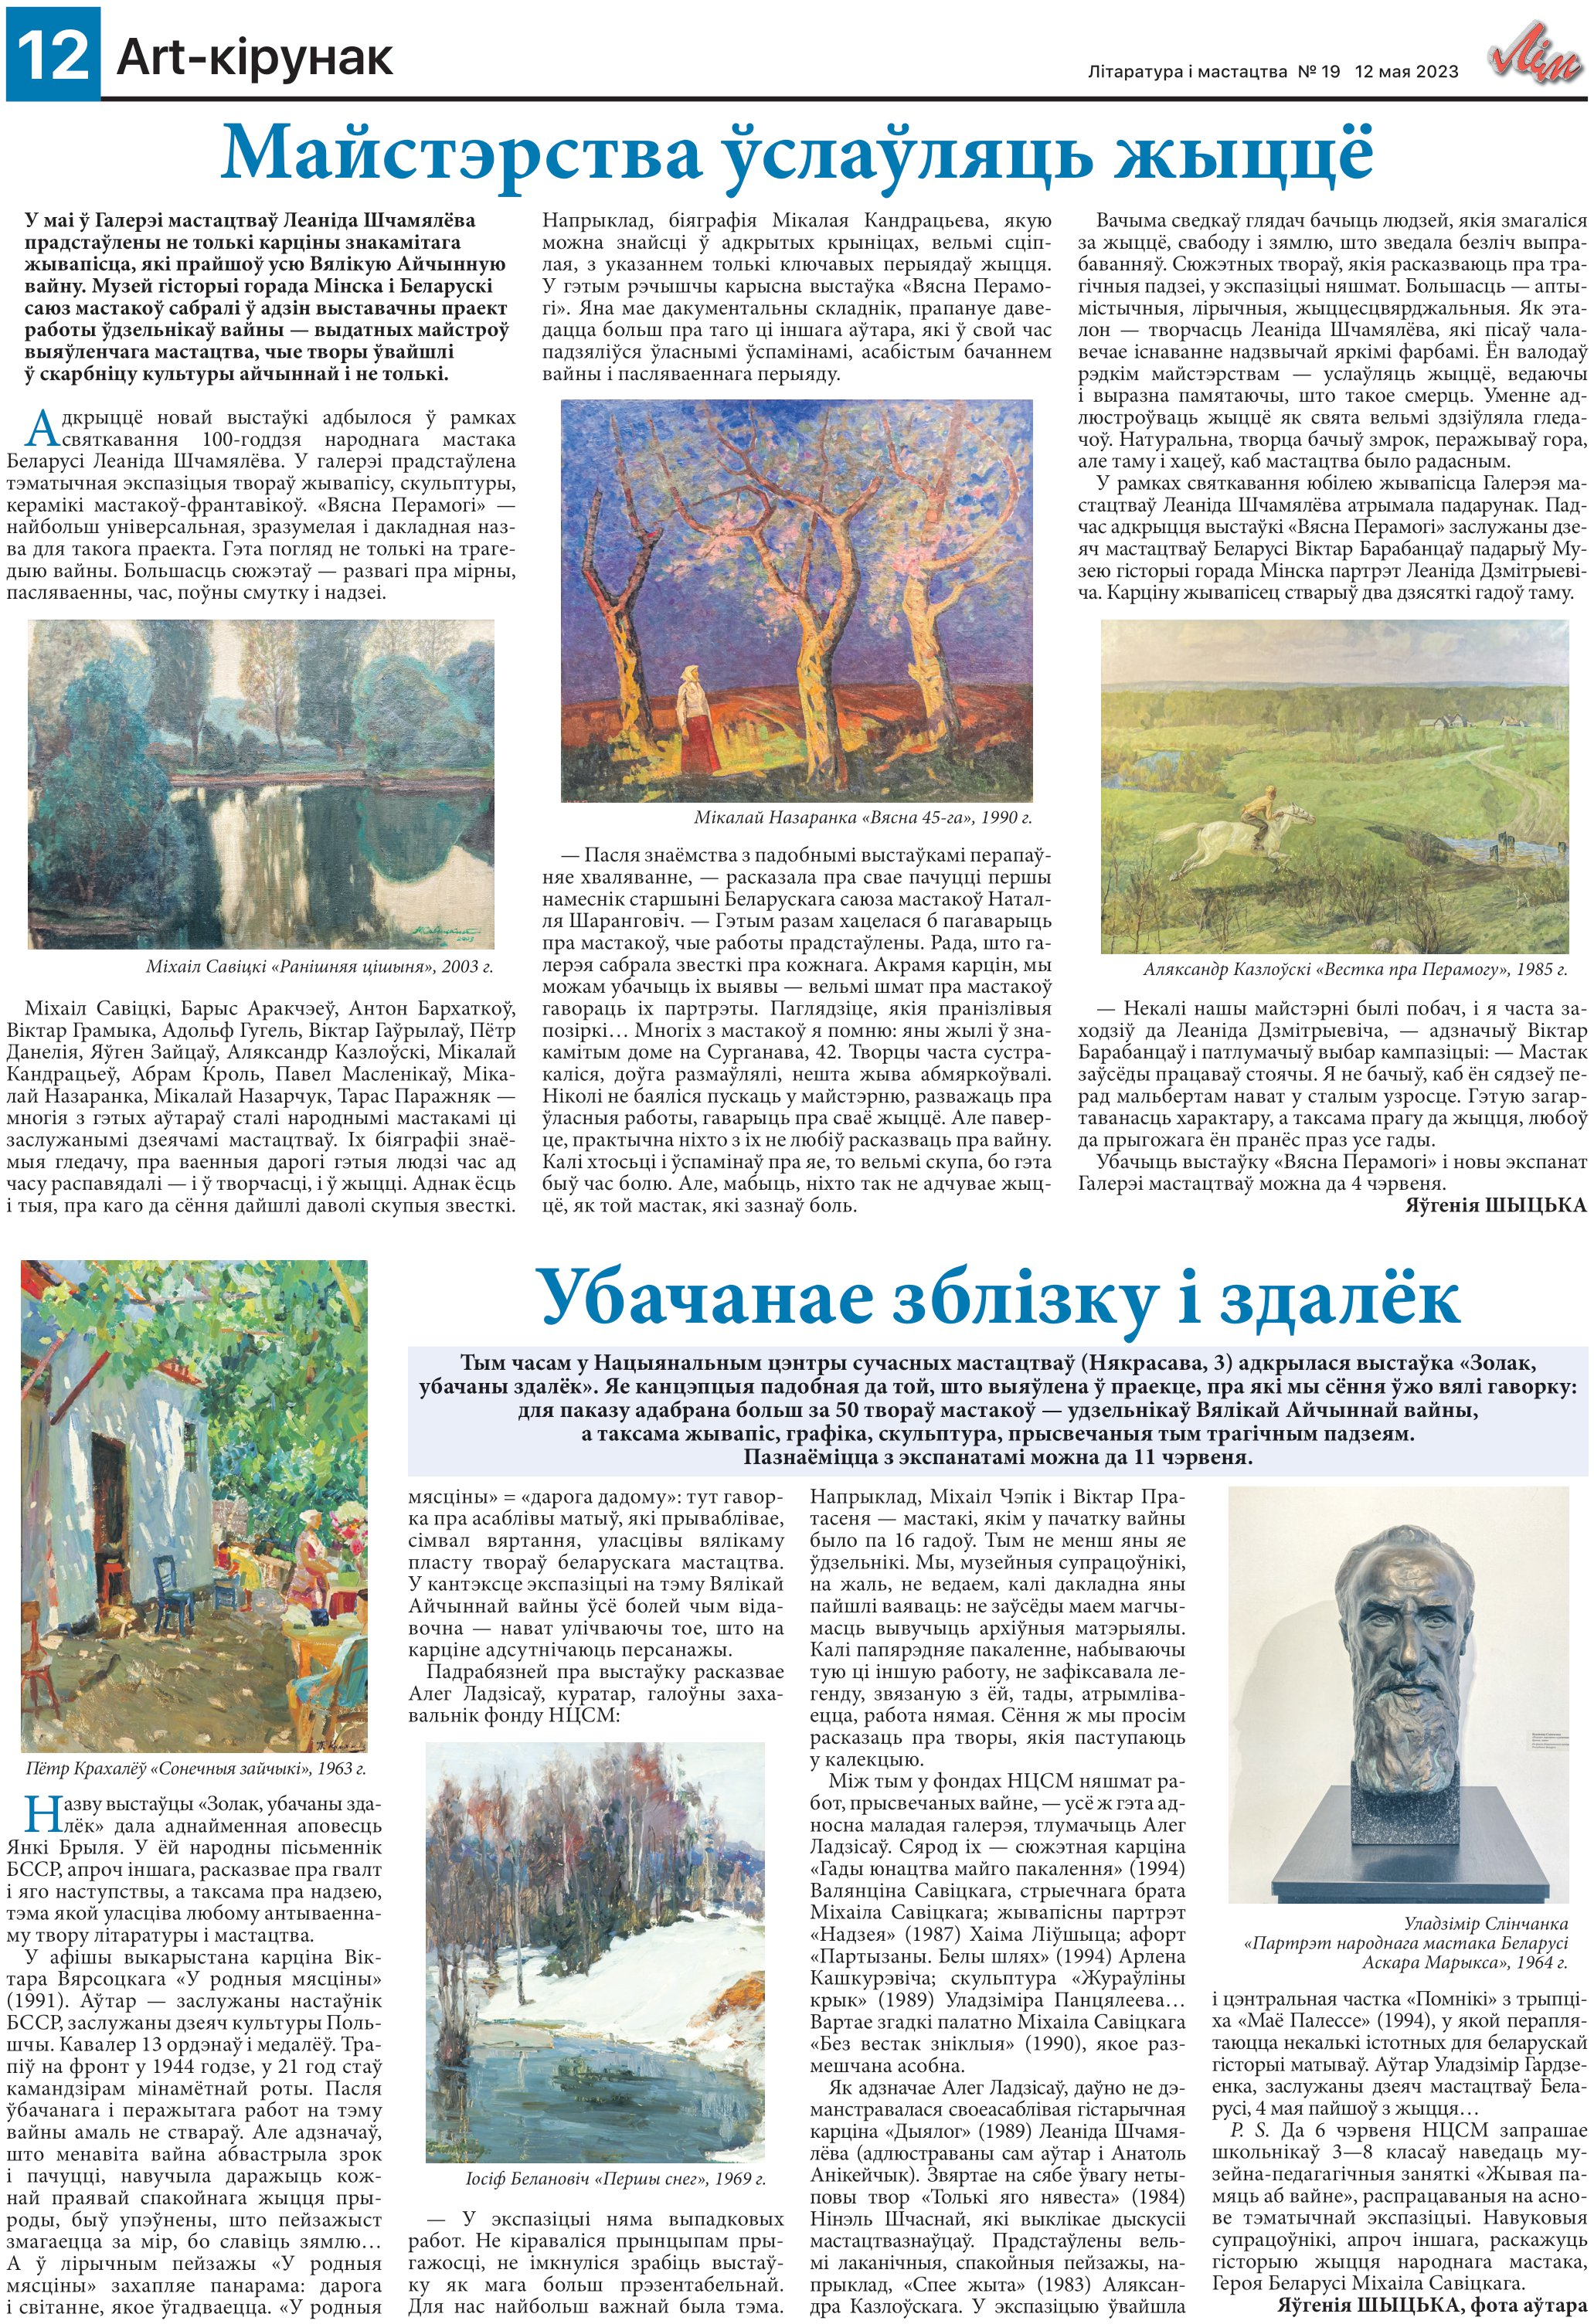
Language: be